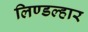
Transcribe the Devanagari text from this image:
लिण्डल्हार